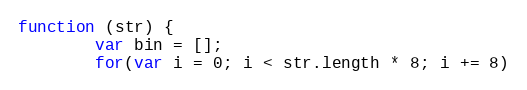
Language: JavaScript
function (str) {
        var bin = [];
        for(var i = 0; i < str.length * 8; i += 8)